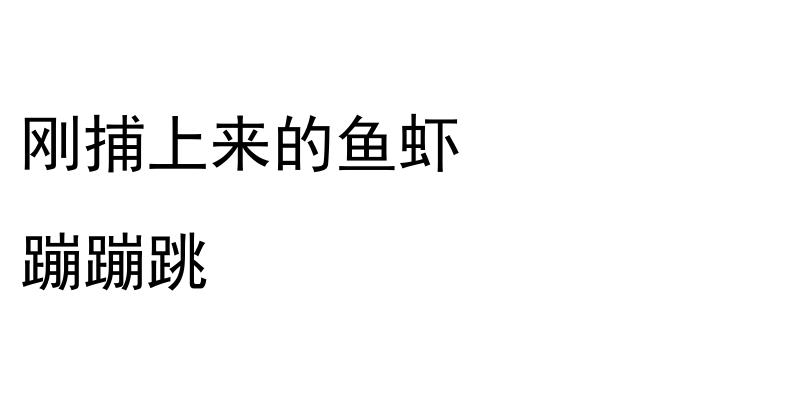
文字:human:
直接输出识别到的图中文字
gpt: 刚捕上来的鱼虾 蹦蹦跳